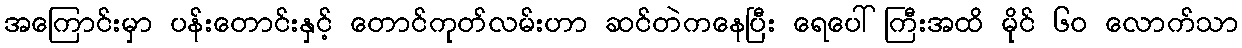
အကြောင်းမှာ ပန်းတောင်းနှင့် တောင်ကုတ်လမ်းဟာ ဆင်တဲကနေပြီး ရေပေါ်ကြီးအထိ မိုင် ၆၀ လောက်သာ